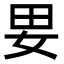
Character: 㚻